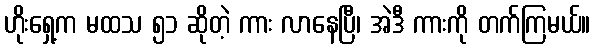
ဟိုးရှေ့က မထသ ၅၁ ဆိုတဲ့ ကား လာနေပြီ၊ အဲဒီ ကားကို တက်ကြမယ်။